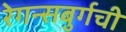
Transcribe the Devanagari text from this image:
रेगन्सबुर्गची